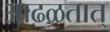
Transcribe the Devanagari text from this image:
आढळतात्